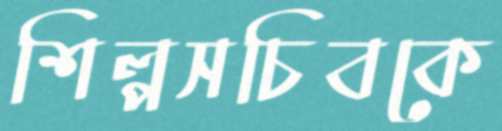
শিল্পসচিবকে